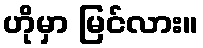
ဟိုမှာ မြင်လား။